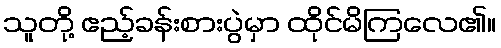
သူတို့ ဧည့်ခန်းစားပွဲမှာ ထိုင်မိကြလေ၏။